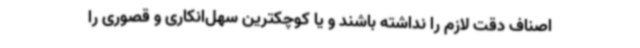
اصناف دقت لازم را نداشته باشند و یا کوچکترین سهل‌انکاری و قصوری را